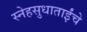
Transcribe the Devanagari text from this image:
स्नेहसुधाताईंचे